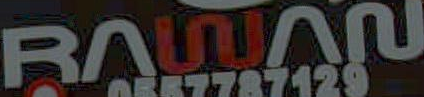
RAISIAN